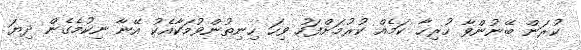
ކުރަން ބޭނުންވާ ހުރިހާ ކަމެއް ކުރުމަށްފަހު ވިހަ ހިނިތުންވުމަކާއެކު އޭނާ ނިކުމެގެން ދިޔަ